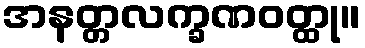
အနတ္တလက္ခဏဝတ္ထု။